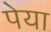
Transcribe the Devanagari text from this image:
पेया